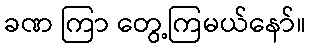
ခဏ ကြာ တွေ့ကြမယ်နော်။